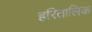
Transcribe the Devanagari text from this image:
हरितालिक